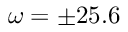
\omega = \pm 2 5 . 6